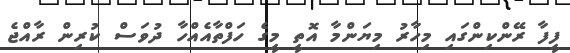
ފީފާ ރޭންކިންގައި މިހާރު މިޔަންމާ އޮތީ މީގެ ހަފްތާއެއްހާ ދުވަސް ކުރިން ރާއްޖެ